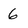
Character: 6